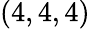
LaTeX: (4,4,4)